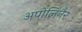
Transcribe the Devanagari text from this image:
अपोलिनैर